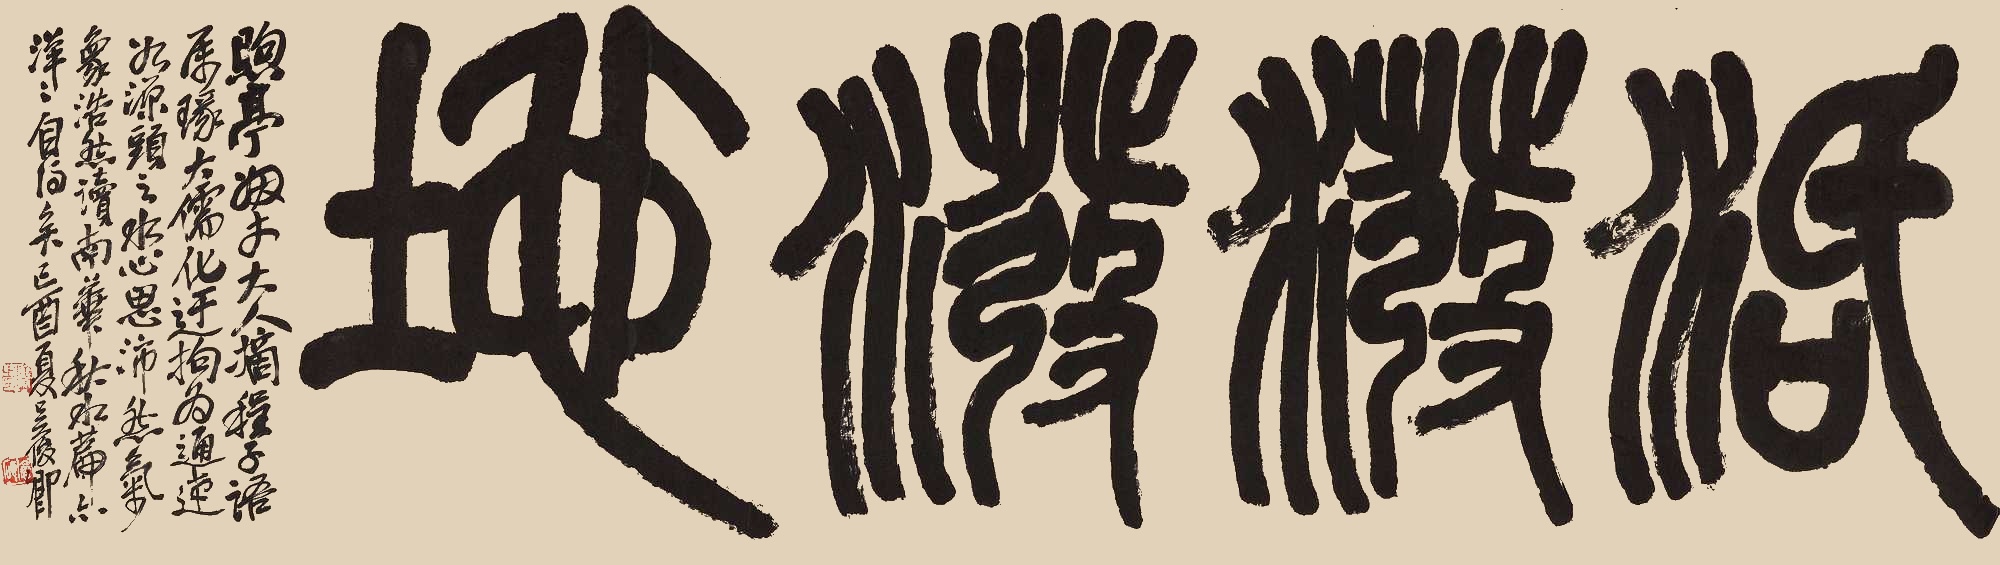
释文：煦亭姻丈大人摘程子语属篆。大儒化迂，拘为通达。如源头之水，心思沛然，气象浩然。读南华秋水篇，亦洋洋自得矣。己酉夏，吴俊卿。俊卿之印、仓硕